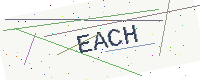
Text: EACH